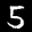
Label: 5